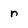
Character: n